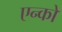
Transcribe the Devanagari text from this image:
एन्को